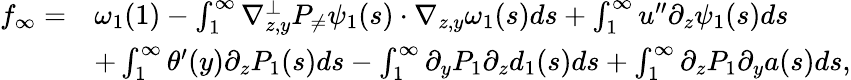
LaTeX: \begin{array}{r}{\begin{array}{rl}{f_{\infty}=}&{\omega_{1}(1)-\int_{1}^{\infty}\nabla_{z,y}^{\bot}P_{\neq}\psi_{1}(s)\cdot\nabla_{z,y}\omega_{1}(s)ds+\int_{1}^{\infty}u^{\prime\prime}\partial_{z}\psi_{1}(s)ds}\\ &{+\int_{1}^{\infty}\theta^{\prime}(y)\partial_{z}P_{1}(s)ds-\int_{1}^{\infty}\partial_{y}P_{1}\partial_{z}d_{1}(s)ds+\int_{1}^{\infty}\partial_{z}P_{1}\partial_{y}a(s)ds,}\end{array}}\end{array}